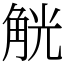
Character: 觥